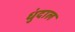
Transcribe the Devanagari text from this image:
धुंदाल